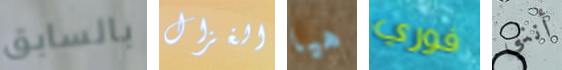
بالسابق الغزال هيا فوري أنني